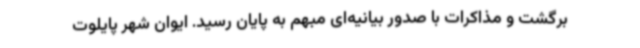
برگشت و مذاکرات با صدور بیانیه‌ای مبهم به پایان رسید. ایوان شهر پایلوت